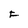
Character: F